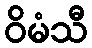
ဝိမံသီ